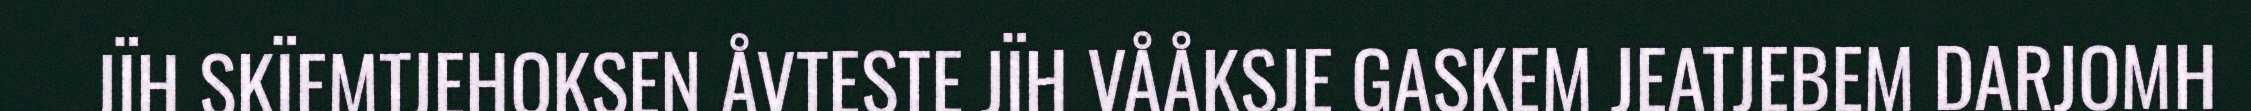
JÏH SKÏEMTJEHOKSEN ÅVTESTE JÏH VÅÅKSJE GASKEM JEATJEBEM DARJOMH